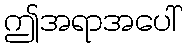
ဤအရာအပေါ်